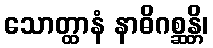
သောတ္ထာနံ နာဓိဂစ္ဆန္တိ၊